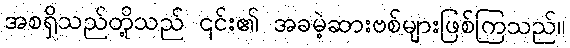
အစရှိသည်တို့သည် ၎င်း၏ အခမဲ့ဆားဗစ်များဖြစ်ကြသည်။